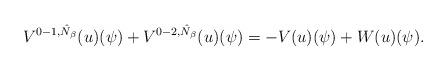
LaTeX: \begin{align*}V^{0-1,\hat{N}_{\beta}}(u)(\psi)+V^{0-2,\hat{N}_{\beta}}(u)(\psi)=-V(u)(\psi)+W(u)(\psi).\end{align*}